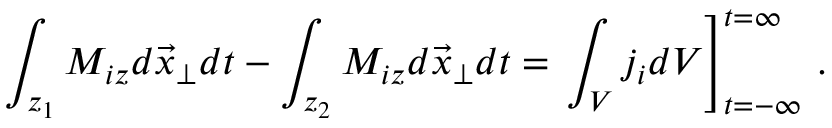
\int _ { z _ { 1 } } M _ { i z } d \vec { x } _ { \perp } d t - \int _ { z _ { 2 } } M _ { i z } d \vec { x } _ { \perp } d t = \left. \int _ { V } j _ { i } d V \right] _ { t = - \infty } ^ { t = \infty } \, .